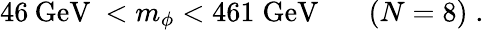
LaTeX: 46\: \mathrm{GeV~}<m_{\phi}<461\; \mathrm{GeV}\: \: \: \: \: \: \: \: (N=8)\; .